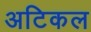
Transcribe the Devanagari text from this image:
अटिकल